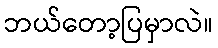
ဘယ်တော့ပြမှာလဲ။